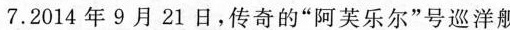
7.2014年9月21日，传奇的”阿芙乐尔”号巡洋舰